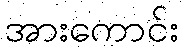
အားကောင်း